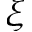
\xi